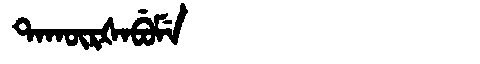
Manchu: ᡨᠠᡴᡡᡵᡧᠠᠪᡠᠮᡝ
Romanization: TAKŪRŠABUME